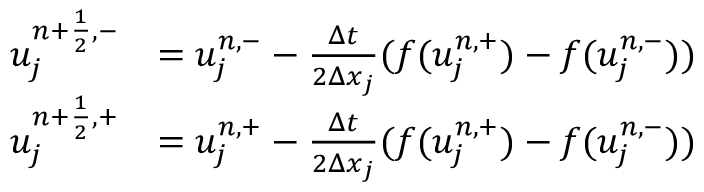
\begin{array} { r l } { u _ { j } ^ { { n + \frac { 1 } { 2 } } , - } } & { = u _ { j } ^ { n , - } - \frac { \Delta t } { 2 \Delta x _ { j } } ( f ( u _ { j } ^ { n , + } ) - f ( u _ { j } ^ { n , - } ) ) } \\ { u _ { j } ^ { { n + \frac { 1 } { 2 } } , + } } & { = u _ { j } ^ { n , + } - \frac { \Delta t } { 2 \Delta x _ { j } } ( f ( u _ { j } ^ { n , + } ) - f ( u _ { j } ^ { n , - } ) ) } \end{array}